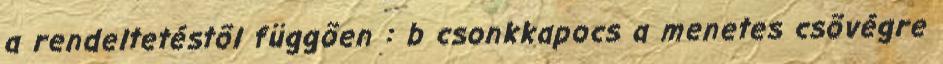
a rendeltetéstõl függõen : b csonkkapocs a menetes csõvégre